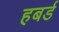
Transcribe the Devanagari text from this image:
हबर्ड